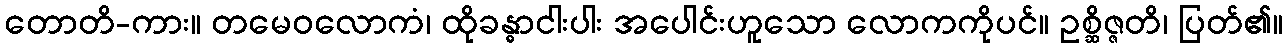
တောတိ-ကား။ တမေဝလောကံ၊ ထိုခန္ဓာငါးပါး အပေါင်းဟူသော လောကကိုပင်။ ဥစ္ဆိဇ္ဇတိ၊ ပြတ်၏။